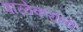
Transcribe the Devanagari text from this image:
पाळेकरांनी